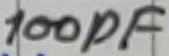
Text: 100pF